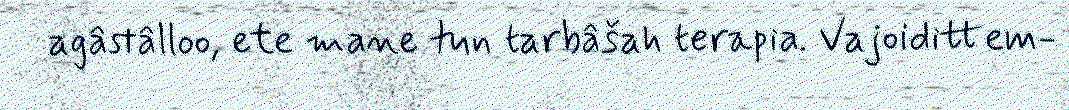
agâstâlloo, ete mane tun tarbâšah terapia. Vajoidittem-